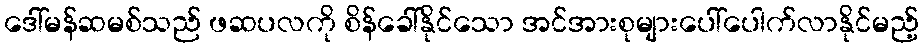
ဒေါ်မန်ဆမစ်သည် ဖဆပလကို စိန်ခေါ်နိုင်သော အင်အားစုများပေါ်ပေါက်လာနိုင်မည့်